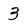
Character: 3